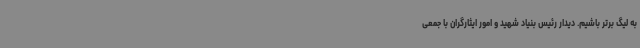
به لیگ برتر باشیم. دیدار رئیس بنیاد شهید و امور ایثارگران با جمعی